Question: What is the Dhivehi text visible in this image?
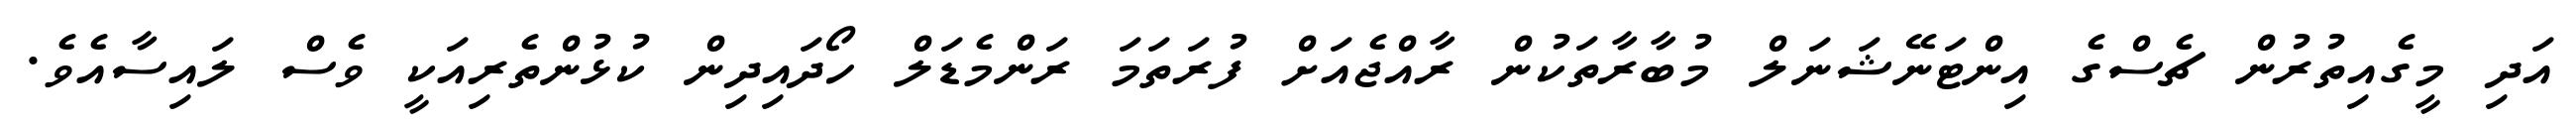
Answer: އަދި މީގެއިތުރުން ޗެސްގެ އިންޓަނޭޝަނަލް މުބާރާތަކުން ރާއްޖެއަށް ފުރަތަމަ ރަންމެޑަލް ހޯދައިދިން ކުޅުންތެރިއަކީ ވެސް ލައިސާއެވެ.